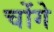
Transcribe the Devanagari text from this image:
चोंगे